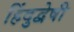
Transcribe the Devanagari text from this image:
हिंदुद्वेषी